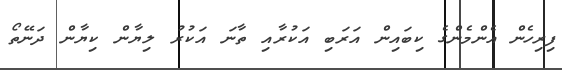
ފިރިހެން އެންމެންގެ ކިބައިން އަރަބި އަކުރާއި ތާނަ އަކުރު ލިޔާން ކިޔާން ދަނޭތޯ